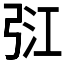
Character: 𢏠